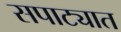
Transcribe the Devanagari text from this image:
सपाट्यात